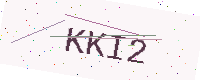
Text: KKI2